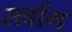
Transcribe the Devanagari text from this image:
सर्वाग